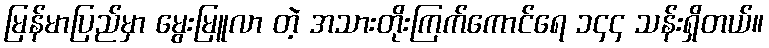
မြန်မာပြည်မှာ မွေးမြူလာ တဲ့ အသားတိုးကြက်ကောင်ရေ ၁၄၄ သန်းရှိတယ်။